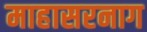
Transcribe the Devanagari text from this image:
माहासरनाग